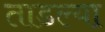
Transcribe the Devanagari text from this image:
ताडल्या